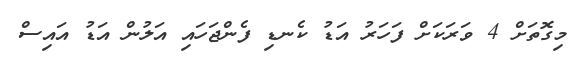
މިގޮތަށް 4 ވަރަކަށް ފަހަރު އަޑު ކެނޑި ފެންޖަހައި އަލުން އަޑު އައިސް